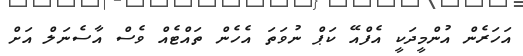
އަހަރެން އުންމީދަކީ އެފްއޭ ކަޕް ނުވަތަ އެހެން ތައްޓެއް ވެސް އާސެނަލް އަށް